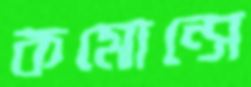
কমোন্সে